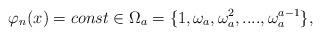
LaTeX: \begin{align*}\varphi_n(x)=const \in \Omega_a=\{ 1, \omega_a,\omega_a^2,....,\omega_a^{a-1} \},\end{align*}